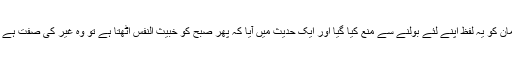
(خبیث اور ناپاک کافر کا لقب ہے اور اس لئے مسلمان کو یہ لفظ اپنے لئے بولنے سے منع کیا گیا اور ایک حدیث میں آیا کہ پھر صبح کو خبیث النفس اٹھتا ہے تو وہ غیر کی صفت ہے اور شخص مبہم کا بیان ہے ، ایسا اطلاق منع نہیں)۔